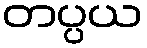
တပ္ပယ